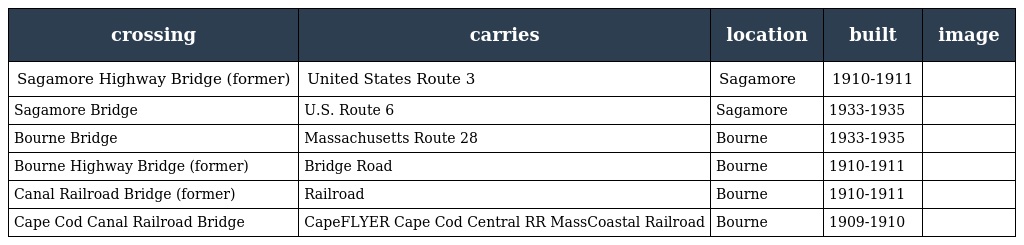
| crossing | carries | location | built | image |
 | --- | --- | --- | --- | --- |
 | Sagamore Highway Bridge (former) | United States Route 3 | Sagamore | 1910-1911 |  |
 | Sagamore Bridge | U.S. Route 6 | Sagamore | 1933-1935 |  |
 | Bourne Bridge | Massachusetts Route 28 | Bourne | 1933-1935 |  |
 | Bourne Highway Bridge (former) | Bridge Road | Bourne | 1910-1911 |  |
 | Canal Railroad Bridge (former) | Railroad | Bourne | 1910-1911 |  |
 | Cape Cod Canal Railroad Bridge | CapeFLYER Cape Cod Central RR MassCoastal Railroad | Bourne | 1909-1910 |  |